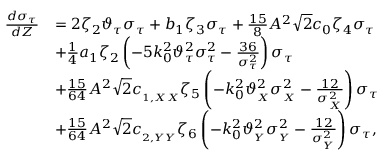
\begin{array} { r l } { \frac { d \sigma _ { \tau } } { d Z } } & { = 2 \zeta _ { 2 } \vartheta _ { \tau } \sigma _ { \tau } + b _ { 1 } \zeta _ { 3 } \sigma _ { \tau } + \frac { 1 5 } { 8 } A ^ { 2 } \sqrt { 2 } c _ { 0 } \zeta _ { 4 } \sigma _ { \tau } } \\ & { + \frac { 1 } { 4 } a _ { 1 } \zeta _ { 2 } \left( - 5 k _ { 0 } ^ { 2 } \vartheta _ { \tau } ^ { 2 } \sigma _ { \tau } ^ { 2 } - \frac { 3 6 } { \sigma _ { \tau } ^ { 2 } } \right) \sigma _ { \tau } } \\ & { + \frac { 1 5 } { 6 4 } A ^ { 2 } \sqrt { 2 } c _ { _ { 1 , X X } } \zeta _ { 5 } \left( - k _ { 0 } ^ { 2 } \vartheta _ { _ { X } } ^ { 2 } \sigma _ { _ X } ^ { 2 } - \frac { 1 2 } { \sigma _ { _ X } ^ { 2 } } \right) \sigma _ { \tau } } \\ & { + \frac { 1 5 } { 6 4 } A ^ { 2 } \sqrt { 2 } c _ { _ { 2 , Y Y } } \zeta _ { 6 } \left( - k _ { 0 } ^ { 2 } \vartheta _ { _ { Y } } ^ { 2 } \sigma _ { _ Y } ^ { 2 } - \frac { 1 2 } { \sigma _ { _ Y } ^ { 2 } } \right) \sigma _ { \tau } , } \end{array}